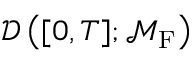
\mathcal { D } \left( [ 0 , T ] ; \mathcal { M } _ { \mathrm { F } } \right)